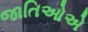
જાતિઓએ